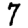
Digit: 7